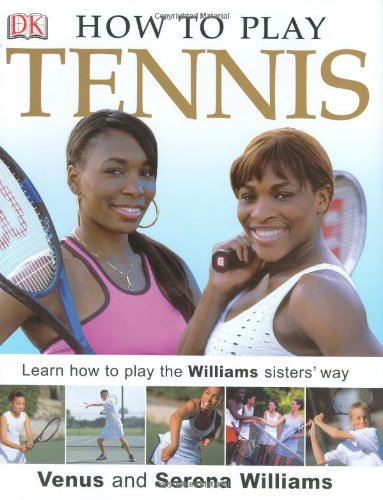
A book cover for How to Play Tennis; Venus Williams; Children's Books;